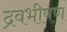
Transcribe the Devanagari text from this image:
द्रवभीषण